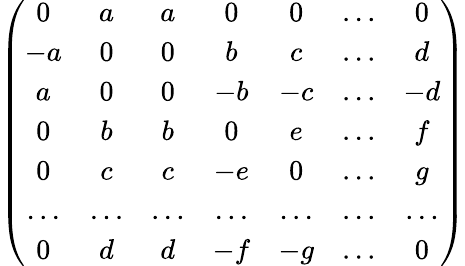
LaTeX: \left(\begin{array}{ccccccc}{{0}}&{{a}}&{{a}}&{{0}}&{{0}}&{{...}}&{{0}}\\ {{-a}}&{{0}}&{{0}}&{{b}}&{{c}}&{{...}}&{{d}}\\ {{a}}&{{0}}&{{0}}&{{-b}}&{{-c}}&{{...}}&{{-d}}\\ {{0}}&{{b}}&{{b}}&{{0}}&{{e}}&{{...}}&{{f}}\\ {{0}}&{{c}}&{{c}}&{{-e}}&{{0}}&{{...}}&{{g}}\\ {{...}}&{{...}}&{{...}}&{{...}}&{{...}}&{{...}}&{{...}}\\ {{0}}&{{d}}&{{d}}&{{-f}}&{{-g}}&{{...}}&{{0}}\end{array}\right)